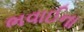
ભવાઈના